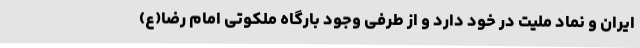
ایران و نماد ملیت در خود دارد و از طرفی وجود بارگاه ملکوتی امام رضا(ع)